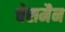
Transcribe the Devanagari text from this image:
चेसमैन